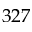
3 2 7